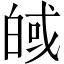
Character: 𪾀